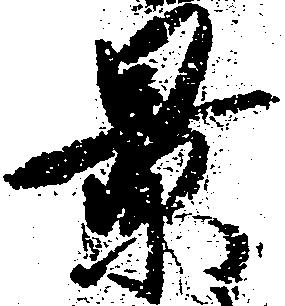
景